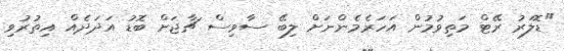
"ޑޮލަރު ރޭޓް މަތިވުމުން އަހަރެމެންނަށް ލިބޭ ސާވިސް ޗާޖަށް ބޮޑު އަދަދެއް އިތުރުވި